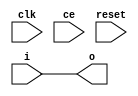
module pipeline_ce_reset #(
	parameter STAGES = 0
) (
	input clk,
	input ce,
	input reset,
	input i,
	output o
);
	localparam TCQ = 1;
	if (!STAGES)
		assign o = i;
	else begin
		reg [STAGES-1:0] pipeline = 0;
		assign o = pipeline[STAGES-1];
		always @(posedge clk)
			if (reset)
				pipeline <= #TCQ pipeline << 1;
			else if (ce)
				pipeline <= #TCQ (pipeline << 1) | i;
	end
endmodule